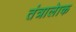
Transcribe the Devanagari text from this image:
तंत्रालेाक